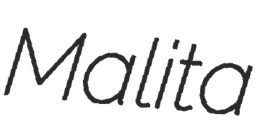
Malita